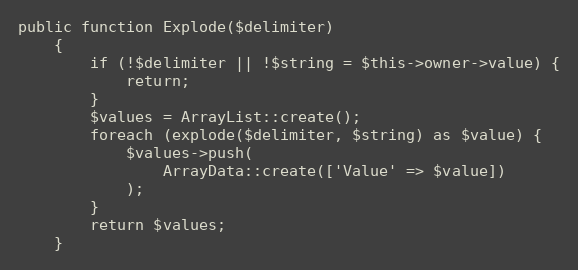
Language: PHP
public function Explode($delimiter)
    {
        if (!$delimiter || !$string = $this->owner->value) {
            return;
        }
        $values = ArrayList::create();
        foreach (explode($delimiter, $string) as $value) {
            $values->push(
                ArrayData::create(['Value' => $value])
            );
        }
        return $values;
    }